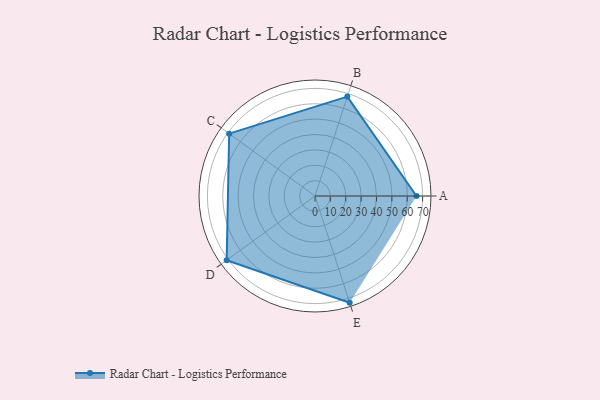
{"axis": {"x": "Skill", "y": "Score"}, "legend": ["Profile"], "data": [{"x": "A", "y": 66.0, "type": "Profile"}, {"x": "B", "y": 68.0, "type": "Profile"}, {"x": "C", "y": 69.0, "type": "Profile"}, {"x": "D", "y": 71.0, "type": "Profile"}, {"x": "E", "y": 73.0, "type": "Profile"}]}